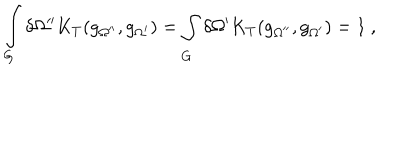
\int _ { G } ^ { } \delta \Omega ^ { \prime \prime } K _ { T } ( g _ { \Omega ^ { \prime \prime } } , g _ { \Omega ^ { \prime } } ) = \int _ { G } ^ { } \delta \Omega ^ { \prime } K _ { T } ( g _ { \Omega ^ { \prime \prime } } , g _ { \Omega ^ { \prime } } ) = 1 \ ,